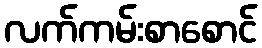
လက်ကမ်းစာစောင်